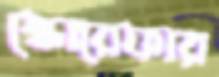
স্কোরেফার